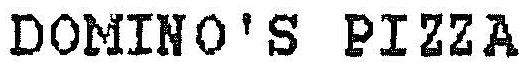
DOMINO'S PIZZA